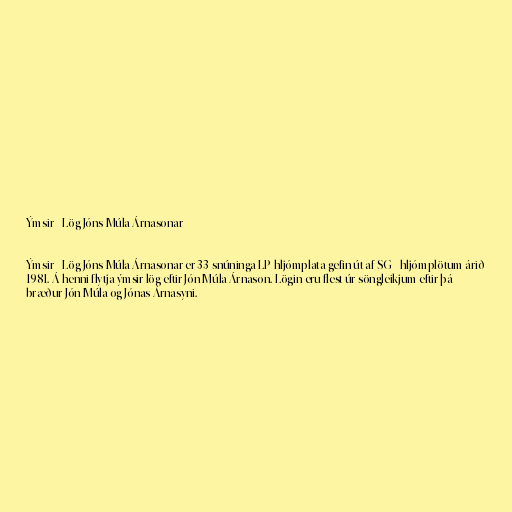
Ýmsir - Lög Jóns Múla Árnasonar

Ýmsir - Lög Jóns Múla Árnasonar er 33 snúninga LP hljómplata gefin út af SG - hljómplötum árið
1981. Á henni flytja ýmsir lög eftir Jón Múla Árnason. Lögin eru flest úr söngleikjum eftir þá
bræður Jón Múla og Jónas Árnasyni.